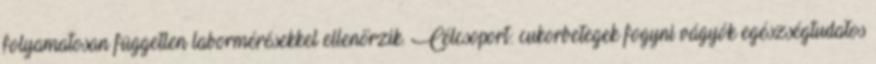
folyamatosan független labormérésekkel ellenőrzik. Célcsoport: cukorbetegek fogyni vágyók egészségtudatos